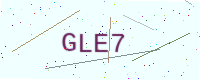
Text: GLE7